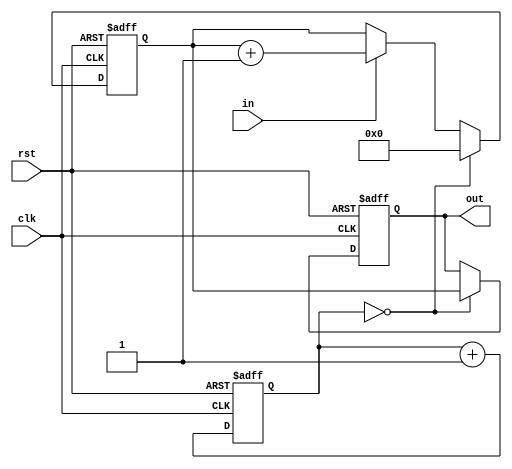
`timescale 1ns / 1ps

module pwm2digit#(parameter N=8)
	(
    input in,
    output reg [N-1:0] out,
    input clk,
    input rst
    );
	
	reg [N-1:0]count;
	reg [N-1:0] countPeriod;
	
	// 
	always @(posedge clk, posedge rst)
	if(rst)
		count <= 0;
	else
		count <= count + 1;
		
	//  
	always @(posedge clk, posedge rst)
	if(rst)
	begin
		out <= 0;
		countPeriod <= 0;
	end
	else
	begin
	if(count == 0)
	begin
		countPeriod <= 0;
		out <= countPeriod;
	end
	else if(in)
		countPeriod <= countPeriod + 1;
	end
endmodule